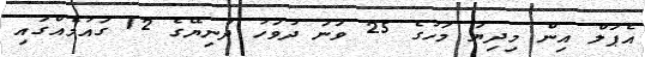
އެޕަލް އިން މިދިޔަ މަހުގެ 25 ވަނަ ދުވަހު ދުނިޔޭގެ 12 ގައުމެއްގައި